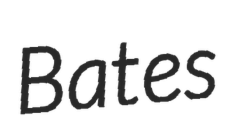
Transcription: Bates